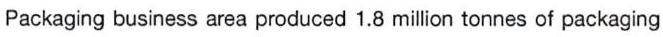
Packaging business area produced 1.8 million tonnes of packaging